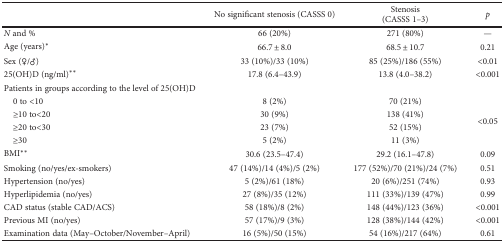
<table><thead><tr><td></td><td><b>No significant stenosis (CASSS 0)</b></td><td><b>Stenosis(CASSS 1–3)</b></td><td><b><i>p</i></b></td></tr></thead><tbody><tr><td><i>N</i> and %</td><td>66 (20%)</td><td>271 (80%)</td><td>—</td></tr><tr><td>Age (years)<sup>∗</sup></td><td>66.7 ± 8.0</td><td>68.5 ± 10.7</td><td>0.21</td></tr><tr><td>Sex (♀/♂)</td><td>33 (10%)/33 (10%)</td><td>85 (25%)/186 (55%)</td><td>&lt;0.01</td></tr><tr><td>25(OH)D (ng/ml)<sup>∗∗</sup></td><td>17.8 (6.4–43.9)</td><td>13.8 (4.0–38.2)</td><td>&lt;0.001</td></tr><tr><td>Patients in groups according to the level of 25(OH)D</td><td></td><td></td><td></td></tr><tr><td> 0 to &lt;10</td><td>8 (2%)</td><td>70 (21%)</td><td rowspan="4">&lt;0.05</td></tr><tr><td> ≥10 to&lt;20</td><td>30 (9%)</td><td>138 (41%)</td></tr><tr><td> ≥20 to&lt;30</td><td>23 (7%)</td><td>52 (15%)</td></tr><tr><td> ≥30</td><td>5 (2%)</td><td>11 (3%)</td></tr><tr><td>BMI<sup>∗∗</sup></td><td>30.6 (23.5–47.4)</td><td>29.2 (16.1–47.8)</td><td>0.09</td></tr><tr><td>Smoking (no/yes/ex-smokers)</td><td>47 (14%)/14 (4%)/5 (2%)</td><td>177 (52%)/70 (21%)/24 (7%)</td><td>0.51</td></tr><tr><td>Hypertension (no/yes)</td><td>5 (2%)/61 (18%)</td><td>20 (6%)/251 (74%)</td><td>0.93</td></tr><tr><td>Hyperlipidemia (no/yes)</td><td>27 (8%)/35 (12%)</td><td>111 (33%)/139 (47%)</td><td>0.99</td></tr><tr><td>CAD status (stable CAD/ACS)</td><td>58 (18%)/8 (2%)</td><td>148 (44%)/123 (36%)</td><td>&lt;0.001</td></tr><tr><td>Previous MI (no/yes)</td><td>57 (17%)/9 (3%)</td><td>128 (38%)/144 (42%)</td><td>&lt;0.001</td></tr><tr><td>Examination data (May–October/November–April)</td><td>16 (5%)/50 (15%)</td><td>54 (16%)/217 (64%)</td><td>0.61</td></tr></tbody></table>